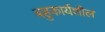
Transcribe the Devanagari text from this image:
बहुकार्यशील